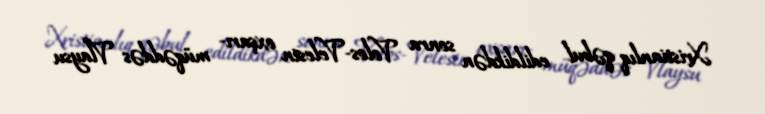
Xristianlıq qəbul edildikdən sonra Volos-Velesin oxşarı- müqəddəs Vlaysu